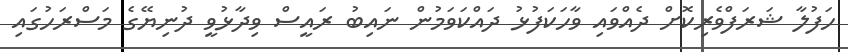
ހަފުލާ ޝަރަފްވެރިކޮށް ދެއްވައި ވާހަކަފުޅު ދައްކަވަމުން ނައިބު ރައީސް ވިދާޅުވީ ދުނިޔޭގެ މަސްރަހުގައި